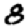
Digit: 8